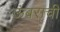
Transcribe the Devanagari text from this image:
ऊंबराची